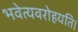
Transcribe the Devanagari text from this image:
भवेत्यवरोहयति।